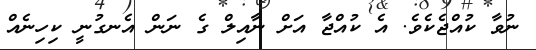
ނުވާ ކުއްޖެކެވެ. އެ ކުއްޖާ އަށް ނާއިލް ގެ ނަން އެނގުނީ ކިހިނެއް